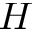
H